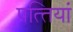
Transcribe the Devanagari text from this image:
पत्‍तियां